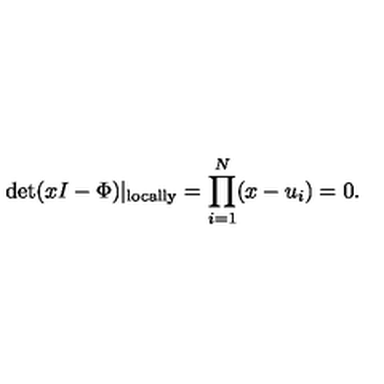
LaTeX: \det ( x I - \Phi ) | _ { \mathrm { l o c a l l y } } = \prod _ { i = 1 } ^ { N } ( x - u _ { i } ) = 0 .